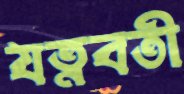
যত্নবতী